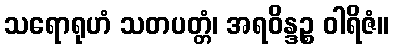
သရောရုဟံ သတပတ္တံ၊ အရဝိန္ဒဉ္စ ဝါရိဇံ။